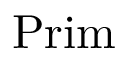
{ \mathrm { P r i m } } \,